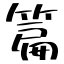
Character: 篇